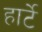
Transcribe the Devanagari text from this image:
हार्टे